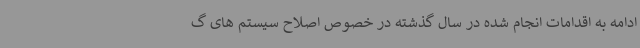
ادامه به اقدامات انجام شده در سال گذشته در خصوص اصلاح سیستم های گ